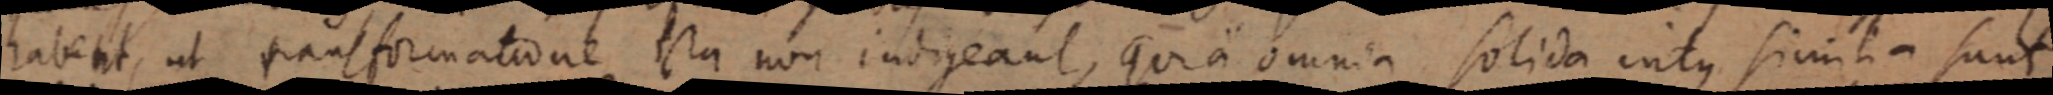
habent, ut transformatione sta non indigeant, quia omnia solida intus similia sunt